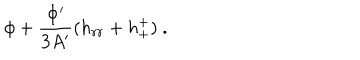
\phi + \frac { \Phi ^ { \prime } } { 3 A ^ { \prime } } ( h _ { r r } + h _ { + } ^ { + } ) ~ .